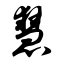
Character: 慧